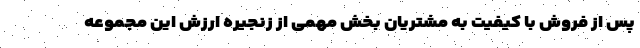
پس از فروش با کیفیت به مشتریان بخش مهمی از زنجیره ارزش این مجموعه